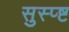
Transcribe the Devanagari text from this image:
सुस्प्ष्ट